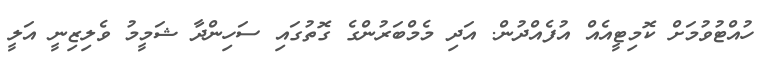
ހުއްޓުވުމަށް ކޮމިޓީއެއް އުފެއްދުން. އަދި މެމްބަރުންގެ ގޮތުގައި ސަހިންދާ ޝަމީމު ވެލިޒިނީ އަލީ